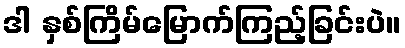
ဒါ နှစ်ကြိမ်မြောက်ကြည့်ခြင်းပဲ။